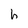
Character: h